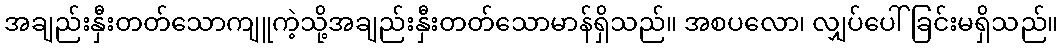
အချည်းနှီးတတ်သောကျူကဲ့သို့အချည်းနှီးတတ်သောမာန်ရှိသည်။ အစပလော၊ လျှပ်ပေါ်ခြင်းမရှိသည်။